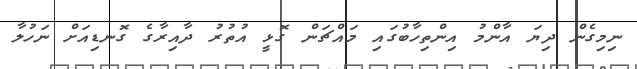
ނިމިގެން ދިޔަ އާންމު އިންތިހާބުގައި މައްޗަން ގޮޅީ އުތުރު ދާއިރާގެ ގޮނޑިއަށް ނަހުލާ